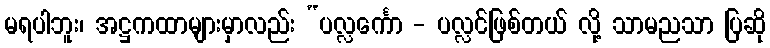
မရပါဘူး၊ အဋ္ဌကထာများမှာလည်း “ပလ္လင်္ကော - ပလ္လင်ဖြစ်တယ် လို့ သာမညသာ ပြဆို